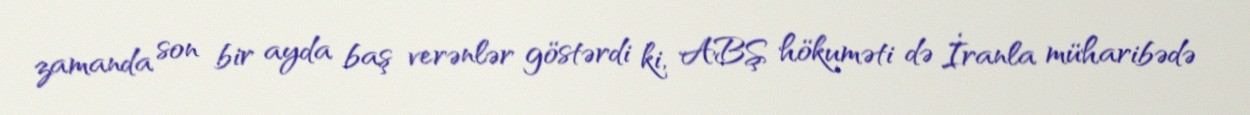
zamanda son bir ayda baş verənlər göstərdi ki, ABŞ hökuməti də İranla müharibədə